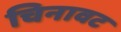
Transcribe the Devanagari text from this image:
चिनावट